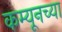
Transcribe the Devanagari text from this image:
कम्यूनच्या